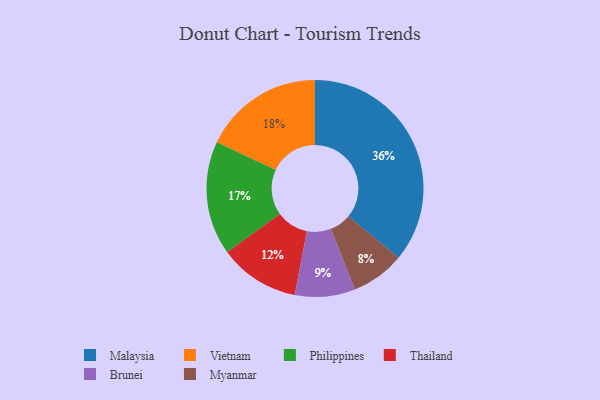
{"axis": {"x": "Category", "y": "Percentage"}, "legend": ["Brunei", "Malaysia", "Myanmar", "Philippines", "Thailand", "Vietnam"], "data": [{"x": "Brunei", "y": 9, "type": "Brunei"}, {"x": "Philippines", "y": 17, "type": "Philippines"}, {"x": "Vietnam", "y": 18, "type": "Vietnam"}, {"x": "Myanmar", "y": 8, "type": "Myanmar"}, {"x": "Thailand", "y": 12, "type": "Thailand"}, {"x": "Malaysia", "y": 36, "type": "Malaysia"}]}